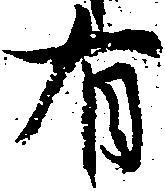
有